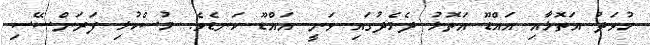
ހުވަދު އަތޮޅާއި އައްޑޫ އަތޮޅު ދެމެދުގައި ވަނީ އައްޑޫ ކަނޑެވެ. މުސްކުޅި ފަރަންސޭސި